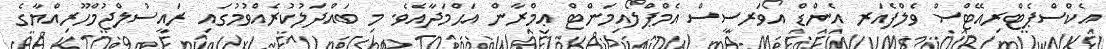
އެކްސްޕެޓްރިއޭޓްސް ވެލްފެއަރ އެންޑް އޯވަރސީސް އެމްޕްލޯއިމަންޓް ޢިމްރާން އަޙްމަދާއެވެ. މި ބައްދަލުކުރެއްވުމުގައި ރައީސުލްޖުމްހޫރިއްޔާގެ